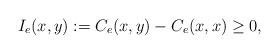
LaTeX: \begin{align*}I_{e}(x,y):=C_{e}(x,y)-C_{e}(x,x)\geq 0,\end{align*}